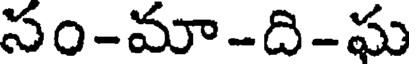
సం-మా-ది-ఘ